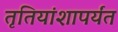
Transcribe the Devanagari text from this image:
तृतियांशापर्यंत